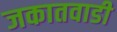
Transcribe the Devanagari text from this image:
जकातवाडी